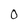
Character: 0